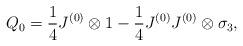
LaTeX: \begin{align*}Q_0 = \frac{1}{4} J^{(0)} \otimes 1 - \frac{1}{4} J^{(0)} J^{(0)} \otimes \sigma_3, \end{align*}